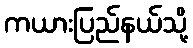
ကယားပြည်နယ်သို့